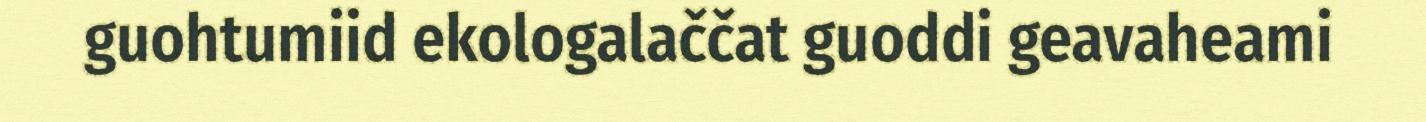
guohtumiid ekologalaččat guoddi geavaheami